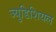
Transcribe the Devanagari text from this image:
ज्युडिशियल